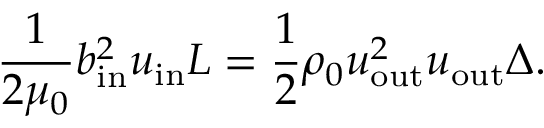
\frac { 1 } { 2 \mu _ { 0 } } b _ { \mathrm { { i n } } } ^ { 2 } u _ { \mathrm { { i n } } } L = \frac { 1 } { 2 } \rho _ { 0 } u _ { \mathrm { { o u t } } } ^ { 2 } u _ { \mathrm { { o u t } } } \Delta .